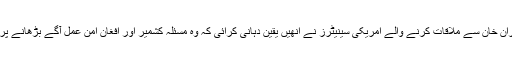
وزیراعظم عمران خان سے ملاقات کرنے والے امریکی سینیٹرز نے انھیں یقین دہانی کرائی کہ وہ مسئلہ کشمیر اور افغان امن عمل آگے بڑھانے پر زور دیں گے۔